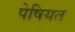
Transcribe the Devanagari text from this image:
पेषियत